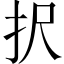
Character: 択